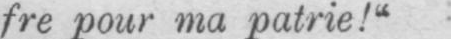
fre pour ma patrie!“